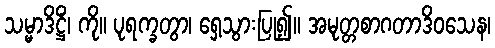
သမ္မာဒိဋ္ဌိံ၊ ကို။ ပုရက္ခတွာ၊ ရှေ့သွားပြု၍။ အမုတ္တစာဂတာဒိဝသေန၊